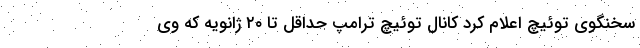
سخنگوی توئیچ اعلام کرد کانال توئیچ ترامپ حداقل تا ۲۰ ژانویه که وی